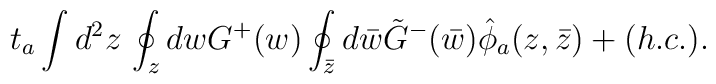
t_a \int d^2z \, \oint_z dw G^+(w) \oint_{\bar{z}} d\bar{w} \tilde{G}^-(\bar{w}) \hat{\phi}_a(z,\bar{z}) +(h.c.).